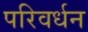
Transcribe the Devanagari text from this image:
परिवर्धन